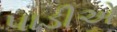
પાડીએ